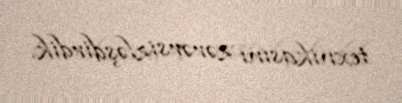
texnikasını zərərsizləşdirdik.